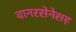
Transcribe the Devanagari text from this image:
वानरसेनेसह